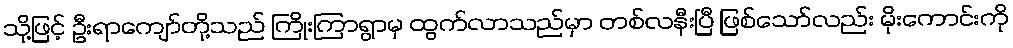
သို့ဖြင့် ဦးရာကျော်တို့သည် ကြိုးကြာရွာမှ ထွက်လာသည်မှာ တစ်လနီးပြီ ဖြစ်သော်လည်း မိုးကောင်းကို